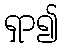
ရှာ၍